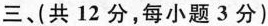
三、(共12分，每小题3分)